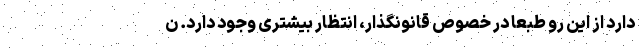
دارد از این رو طبعا در خصوص قانونگذار، انتظار بیشتری وجود دارد. ن